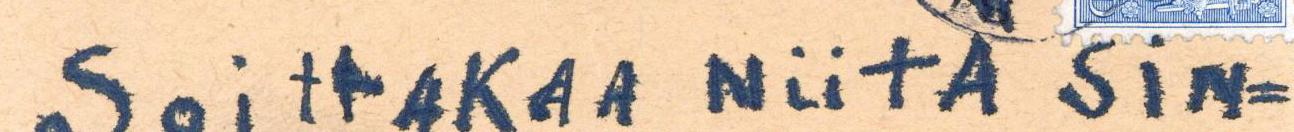
SOittAKAA NiitÄ SiN=